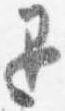
退